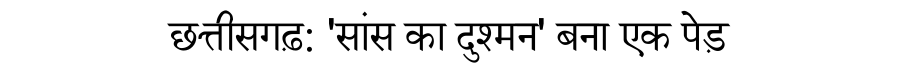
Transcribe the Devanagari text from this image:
छत्तीसगढ़: 'सांस का दुश्मन' बना एक पेड़